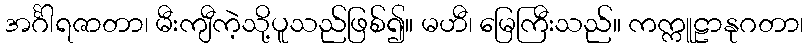
အင်္ဂါရဇာတာ၊ မီးကျီကဲ့သို့ပူသည်ဖြစ်၍။ မဟီ၊ မြေကြီးသည်။ ကက္ကူဠာနုဂတာ၊